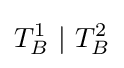
T_{B}^{1}~|~T_{B}^{2}